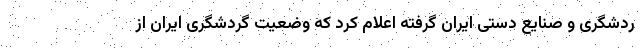
ردشگری و صنایع دستی ایران گرفته اعلام کرد که وضعیت گردشگری ایران از